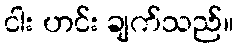
ငါး ဟင်း ချက်သည်။